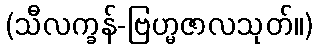
(သီလက္ခန်-ဗြဟ္မဇာလသုတ်။)